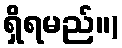
ရှိရမည်။)